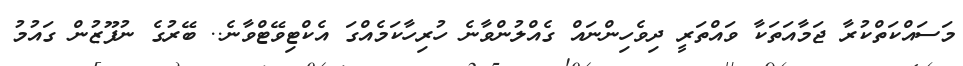
މަސައްކަތްކުރާ ޖަމާއަތަކާ ވައްތަރީ ދިވެހިންނައް ގެއްލުންވާނެ ހުރިހާކަމެއްގަ އެކްޓިވޭޓްވާނެ.. ބޭރުގެ ނުފޫޒުން ގައުމު